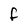
Character: F